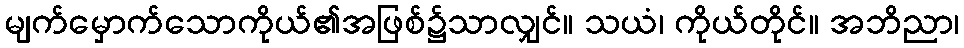
မျက်မှောက်သောကိုယ်၏အဖြစ်၌သာလျှင်။ သယံ၊ ကိုယ်တိုင်။ အဘိညာ၊